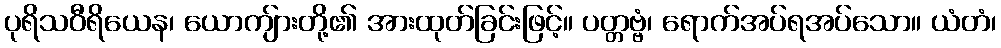
ပုရိသဝီရိယေန၊ ယောကျ်ားတို့၏ အားထုတ်ခြင်းဖြင့်။ ပတ္တဗ္ဗံ၊ ရောက်အပ်ရအပ်သော။ ယံတံ၊